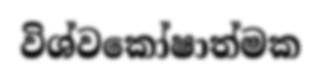
විශ්වකෝෂාත්මක